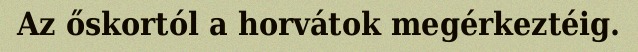
Az őskortól a horvátok megérkeztéig.